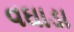
વઘાડા